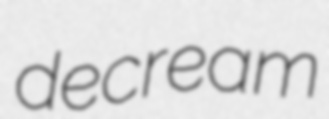
decream